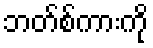
ဘတ်စ်ကားကို